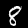
Label: 8